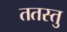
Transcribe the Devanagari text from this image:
ततस्तु